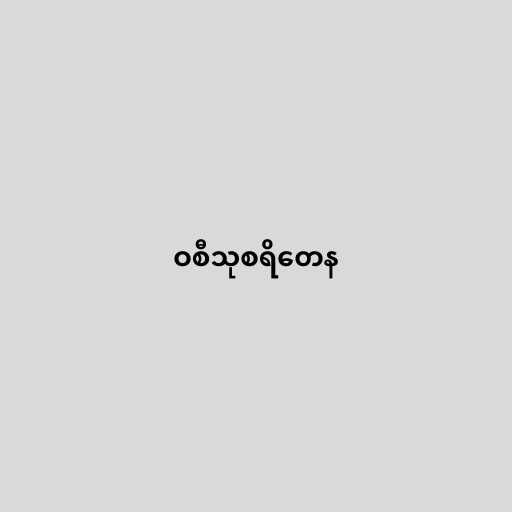
ဝစီသုစရိတေန